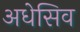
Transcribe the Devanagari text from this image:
अधेसिव